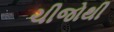
ચીજોથી